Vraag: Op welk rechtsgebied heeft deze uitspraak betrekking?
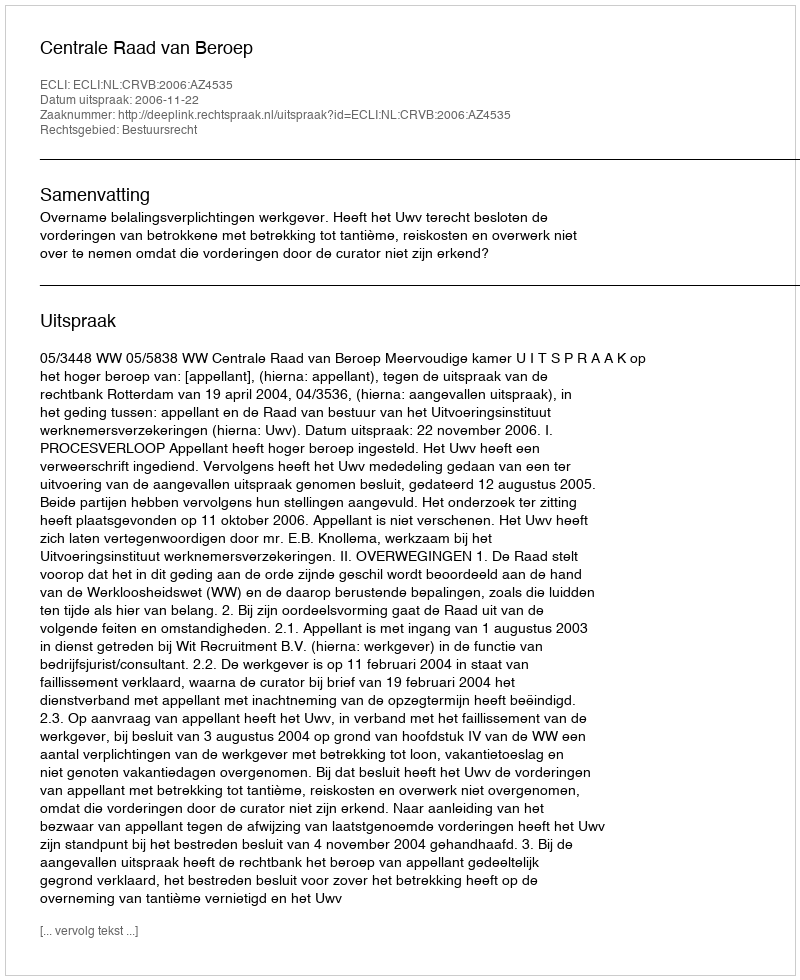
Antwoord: Bestuursrecht